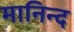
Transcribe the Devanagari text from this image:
मानिन्द